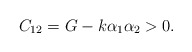
\begin{align*} C_{12} = G- k \alpha_1 \alpha_2 > 0.\end{align*}